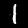
Digit: 1